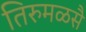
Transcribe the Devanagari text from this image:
तिरुमळसै